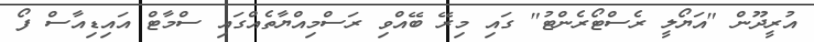
އުރީދޫން "އަޔޯލީ ރެސްޓޯރެންޓު" ގައި މިރޭ ބޭއްވި ރަސްމިއްޔާތެއްގައި ސްމާޓް އައިޑިއާސް ފޯ